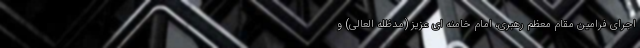
اجرای فرامین مقام معظم رهبری، امام خامنه ای عزیز (مدظله العالی) و